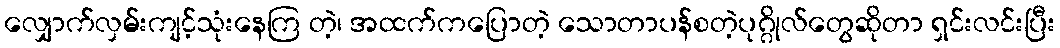
လျှောက်လှမ်းကျင့်သုံးနေကြ တဲ့၊ အထက်ကပြောတဲ့ သောတာပန်စတဲ့ပုဂ္ဂိုလ်တွေဆိုတာ ရှင်းလင်းပြီး